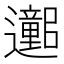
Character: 𫑕